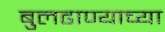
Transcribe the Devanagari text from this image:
बुलढाण्याच्या